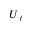
U _ { f }